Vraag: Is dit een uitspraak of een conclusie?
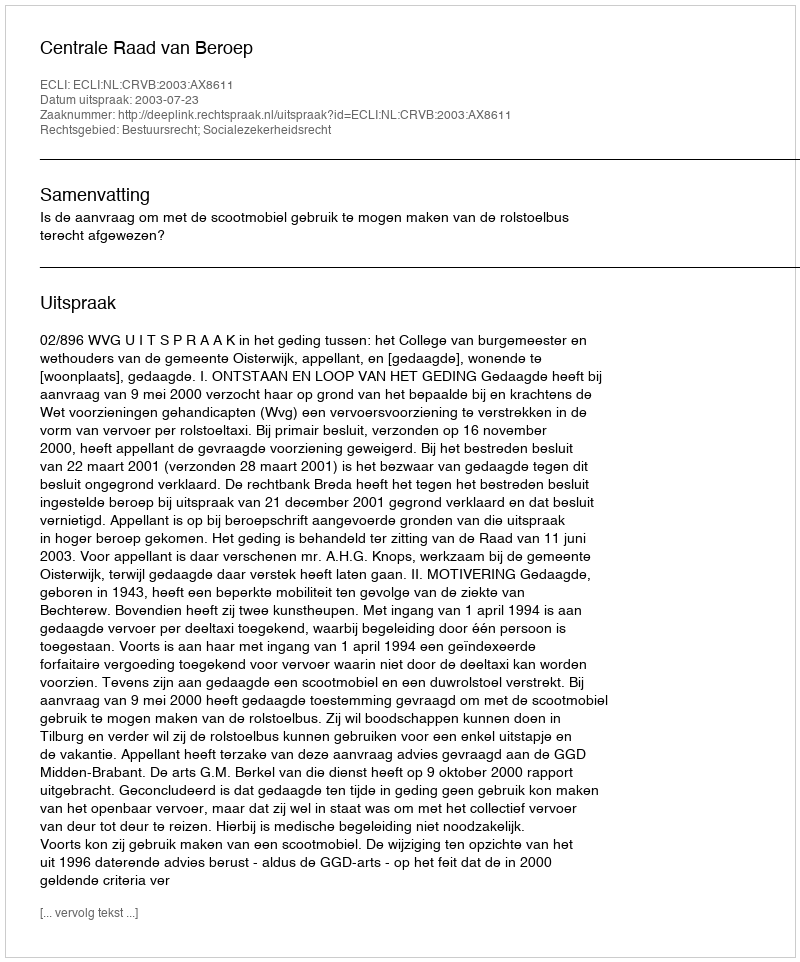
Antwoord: Uitspraak